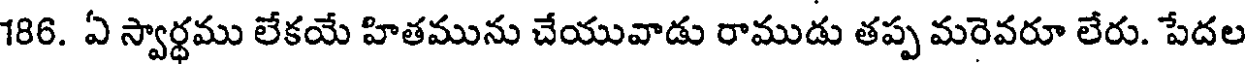
186. ఏ స్వార్థము లేకయే హితమును చేయువాడు రాముడు తప్ప మరెవరూ లేరు. పేదల